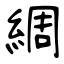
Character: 綢